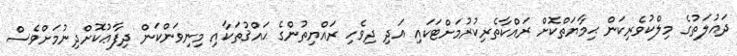
ދައުލަތުގެ މިލްކުވެރިކަން ޙިމާޔަތްކޮށް ރައްކާތެރިކުރުމަށްޓަކައި އަދި ދިވެހި ރައްޔިތުންގެ ޙައްޤުތަކާއި މިނިވަންކަން ދިފާޢުކޮށްދިނުމަށްވެސް